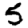
Digit: 5